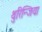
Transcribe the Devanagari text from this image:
थुरिन्जिया